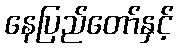
နေပြည်တော်နှင့်